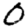
Digit: 0